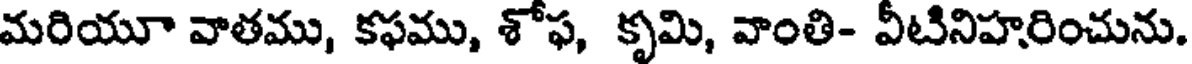
మరియూ వాతము, కఫము, శోఫ, కృమి, వాంతి- వీటినిహరించును.